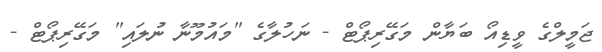
ޖަމީލްގެ ވީޑިއޯ ބަޔާން މަގޭރިޕޯޓް - ނަހުލާގެ "މައުމޫނާ ނުލައި" މަގޭރިޕޯޓް -